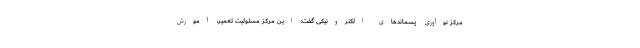
مرکز نوآوری پسماندهای الکترونیکی گفت: این مرکز مسئولیت تعمیر، آموزش